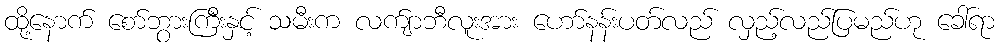
ထို့နောက် စော်ဘွားကြီးနှင့် သမီးက လက်ျာဘီလူးအား ဟော်နန်းပတ်လည် လှည့်လည်ပြမည်ဟု ခေါ်ရာ